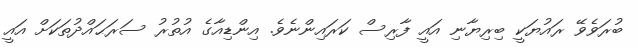
ބުރަވެވޭ ރައުޔަކީ ބިރިޔާނި އައީ ފާރިސް ކަރައިންނެވެ. އިންޑިއާގެ އުތުރު ސަރަޙައްދުތަކަށް އައީ